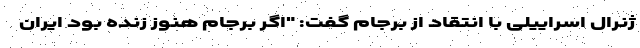
ژنرال اسراییلی با انتقاد از برجام گفت: "اگر برجام هنوز زنده بود ایران